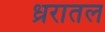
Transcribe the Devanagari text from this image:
ध्ररातल